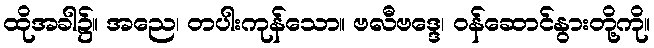
ထိုအခါ၌။ အညေ၊ တပါးကုန်သော။ ဗလီဗဒ္ဒေ၊ ဝန်ဆောင်နွားတို့ကို။